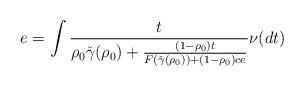
LaTeX: \begin{align*}e &= \int \frac{t}{ \rho_0{\check{\gamma}(\rho_0)}+\frac{(1-\rho_0)t}{F({\check{\gamma}(\rho_0)})+(1-\rho_0)c e}}\nu(dt)\end{align*}